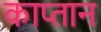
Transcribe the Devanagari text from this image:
काप्तान